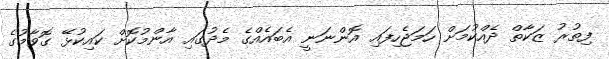
ފިތުރު ޒަކާތް ދެއްކުމަށް ހަމަޖެހިފައި އޮންނަނީ އެބައެއްގެ މެދުގައި އާންމުކޮށް ކައިކުޅޭ ގޮވާމުގެ